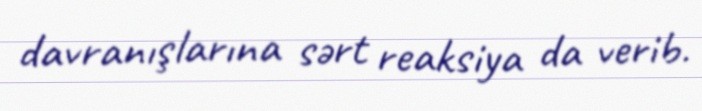
davranışlarına sərt reaksiya da verib.